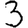
Digit: 3